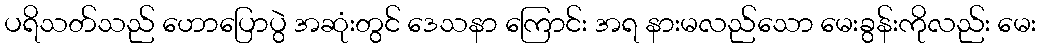
ပရိသတ်သည် ဟောပြောပွဲ အဆုံးတွင် ဒေသနာ ကြောင်း အရ နားမလည်သော မေးခွန်းကိုလည်း မေး